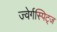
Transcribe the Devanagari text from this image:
ज्वेर्गस्पिट्ज